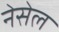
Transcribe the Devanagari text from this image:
नेसेल